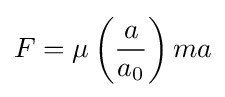
F=\mu \left({\frac {a}{a_{0}}}\right)ma